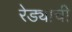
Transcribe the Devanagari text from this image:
रेड्याची